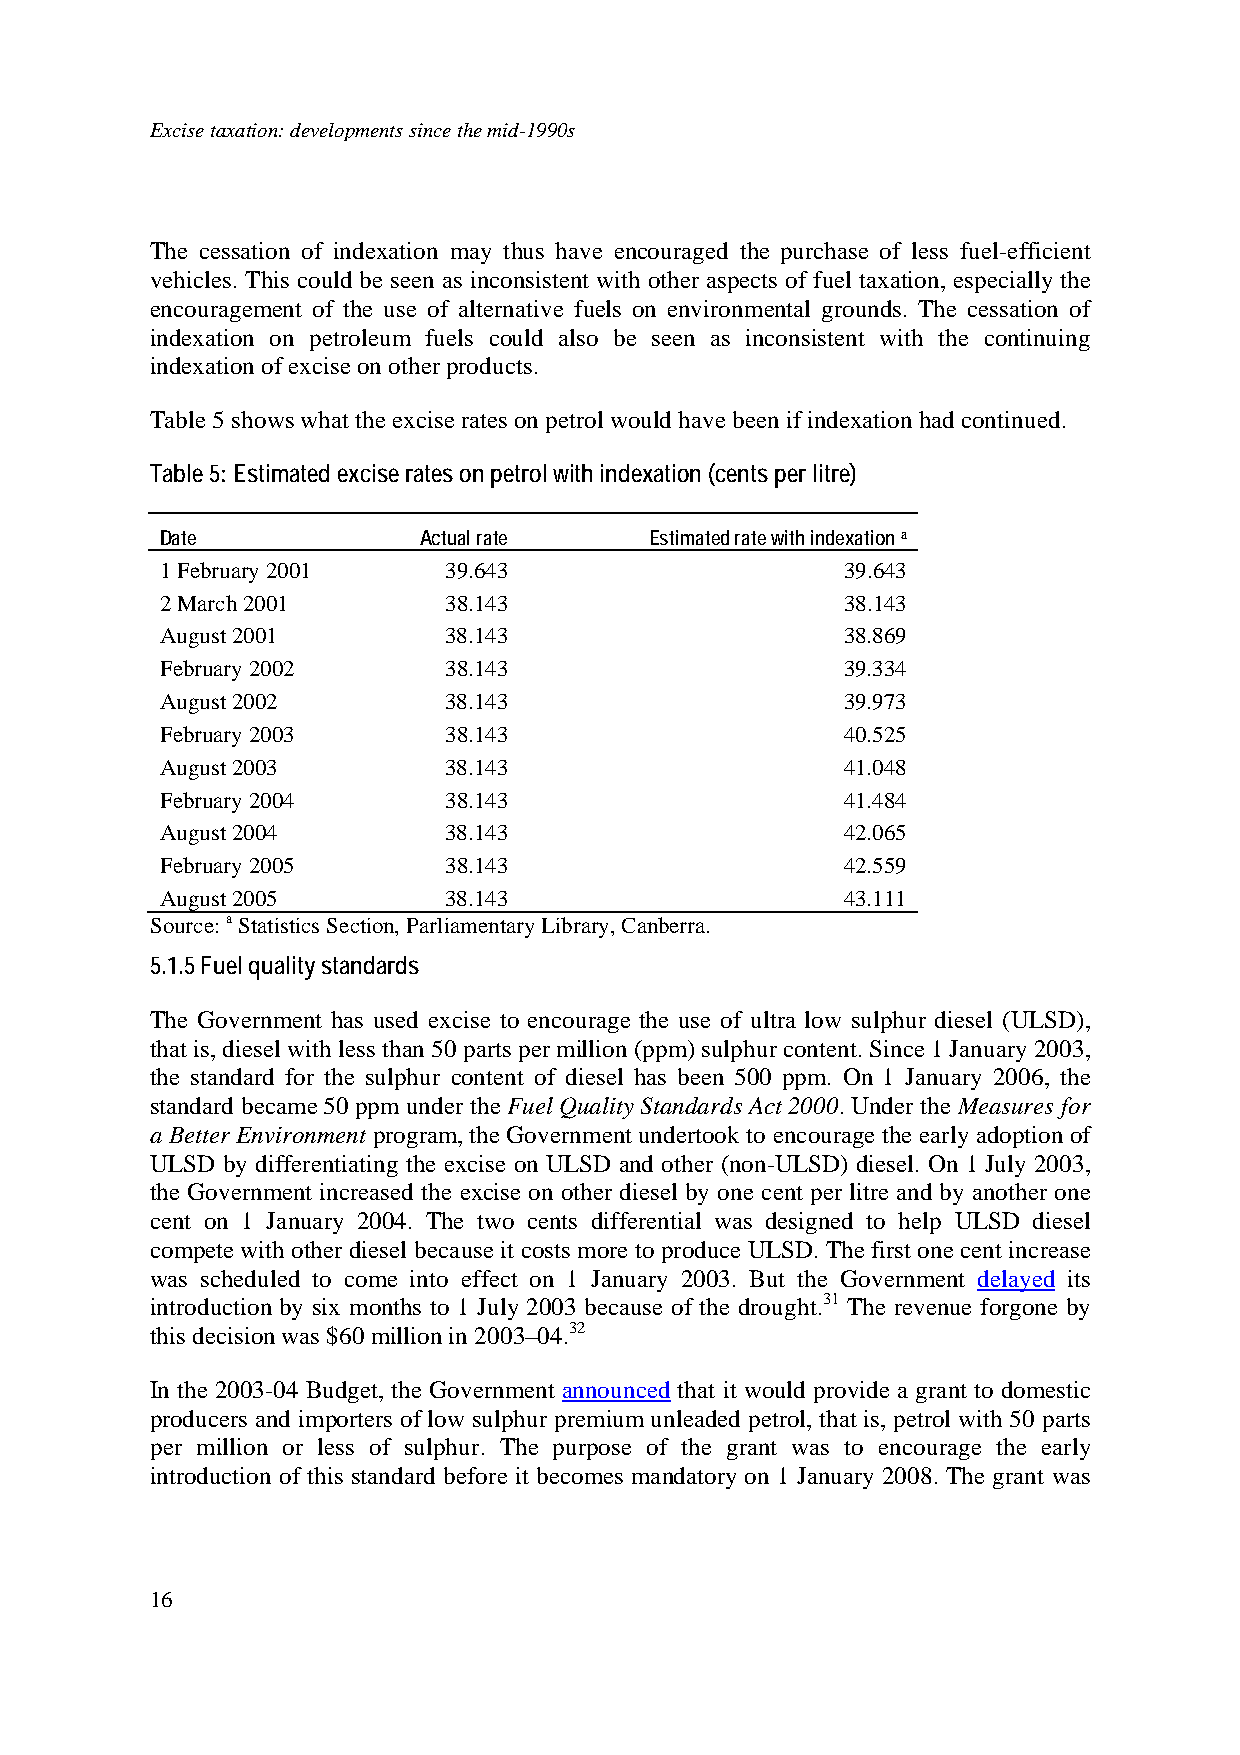
Excise taxation: developments since the mid-1990s
 The cessation of indexation may thus have encouraged the purchase of less fuel-efficient
 vehicles. This could be seen as inconsistent with other aspects of fuel taxation, especially the
 encouragement of the use of alternative fuels on environmental grounds. The cessation of
 indexation on petroleum fuels could also be seen as inconsistent with the continuing
 indexation of excise on other products.
 Table 5 shows what the excise rates on petrol would have been if indexation had continued.
 Table 5: Estimated excise rates on petrol with indexation (cents per litre)
 Date             Actual rate    Estimated rate with indexation a
 1 February 2001   39.643                     39.643
 2 March 2001      38.143                     38.143
 August 2001       38.143                     38.869
 February 2002     38.143                     39.334
 August 2002       38.143                     39.973
 February 2003     38.143                     40.525
 August 2003       38.143                     41.048
 February 2004     38.143                     41.484
 August 2004       38.143                     42.065
 February 2005     38.143                     42.559
 August 2005       38.143                     43.111
 Source: a Statistics Section, Parliamentary Library, Canberra.
 5.1.5 Fuel quality standards
 The Government has used excise to encourage the use of ultra low sulphur diesel (ULSD),
 that is, diesel with less than 50 parts per million (ppm) sulphur content. Since 1 January 2003,
 the standard for the sulphur content of diesel has been 500 ppm. On 1 January 2006, the
 standard became 50 ppm under the Fuel Quality Standards Act 2000. Under the Measures for
 a Better Environment program, the Government undertook to encourage the early adoption of
 ULSD by differentiating the excise on ULSD and other (non-ULSD) diesel. On 1 July 2003,
 the Government increased the excise on other diesel by one cent per litre and by another one
 cent on 1 January 2004. The two cents differential was designed to help ULSD diesel
 compete with other diesel because it costs more to produce ULSD. The first one cent increase
 was scheduled to come into effect on 1 January 2003. But the Government delayed its
 introduction by six months to 1 July 2003 because of the drought.31 The revenue forgone by
 this decision was $60 million in 2003–04.32
 In the 2003-04 Budget, the Government announced that it would provide a grant to domestic
 producers and importers of low sulphur premium unleaded petrol, that is, petrol with 50 parts
 per million or less of sulphur. The purpose of the grant was to encourage the early
 introduction of this standard before it becomes mandatory on 1 January 2008. The grant was
 16